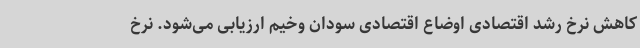
کاهش نرخ رشد اقتصادی اوضاع اقتصادی سودان وخیم ارزیابی می‌شود. نرخ